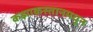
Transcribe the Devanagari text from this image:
कझाकस्तानमधून